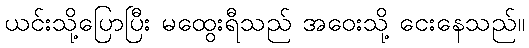
ယင်းသို့ပြောပြီး မထွေးရီသည် အဝေးသို့ ငေးနေသည်။